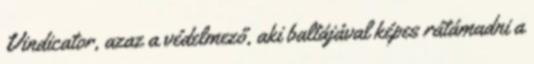
Vindicator, azaz a védelmező, aki baltájával képes rátámadni a